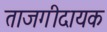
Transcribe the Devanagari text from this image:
ताजगीदायक